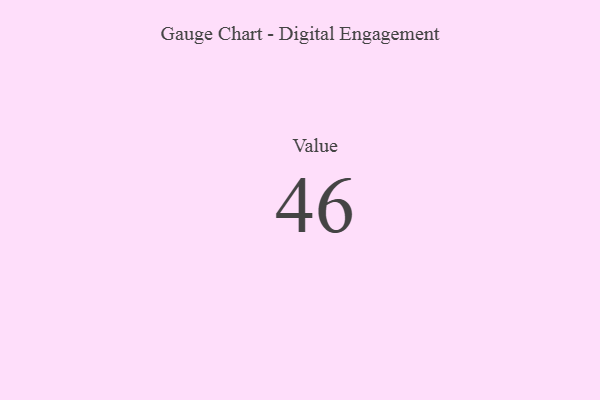
{"axis": {"x": "Metric", "y": "Value"}, "legend": [""], "data": [{"x": "Value", "y": 46, "type": ""}]}